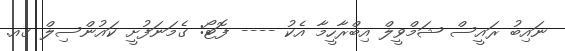
ނައިބު ރައީސް ޝަމްވީލް އިބްރާހީމާ އެކު ---- ފޮޓޯ: ގެމަނަފުށީ ކައުންސިލް ގއ.